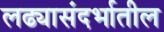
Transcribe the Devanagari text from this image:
लढ्यासंदर्भातील